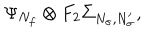
\Psi _ { N _ { f } } \otimes F _ { 2 } \Sigma _ { N _ { \sigma } , N _ { \sigma } ^ { \prime } } ,